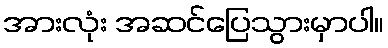
အားလုံး အဆင်ပြေသွားမှာပါ။